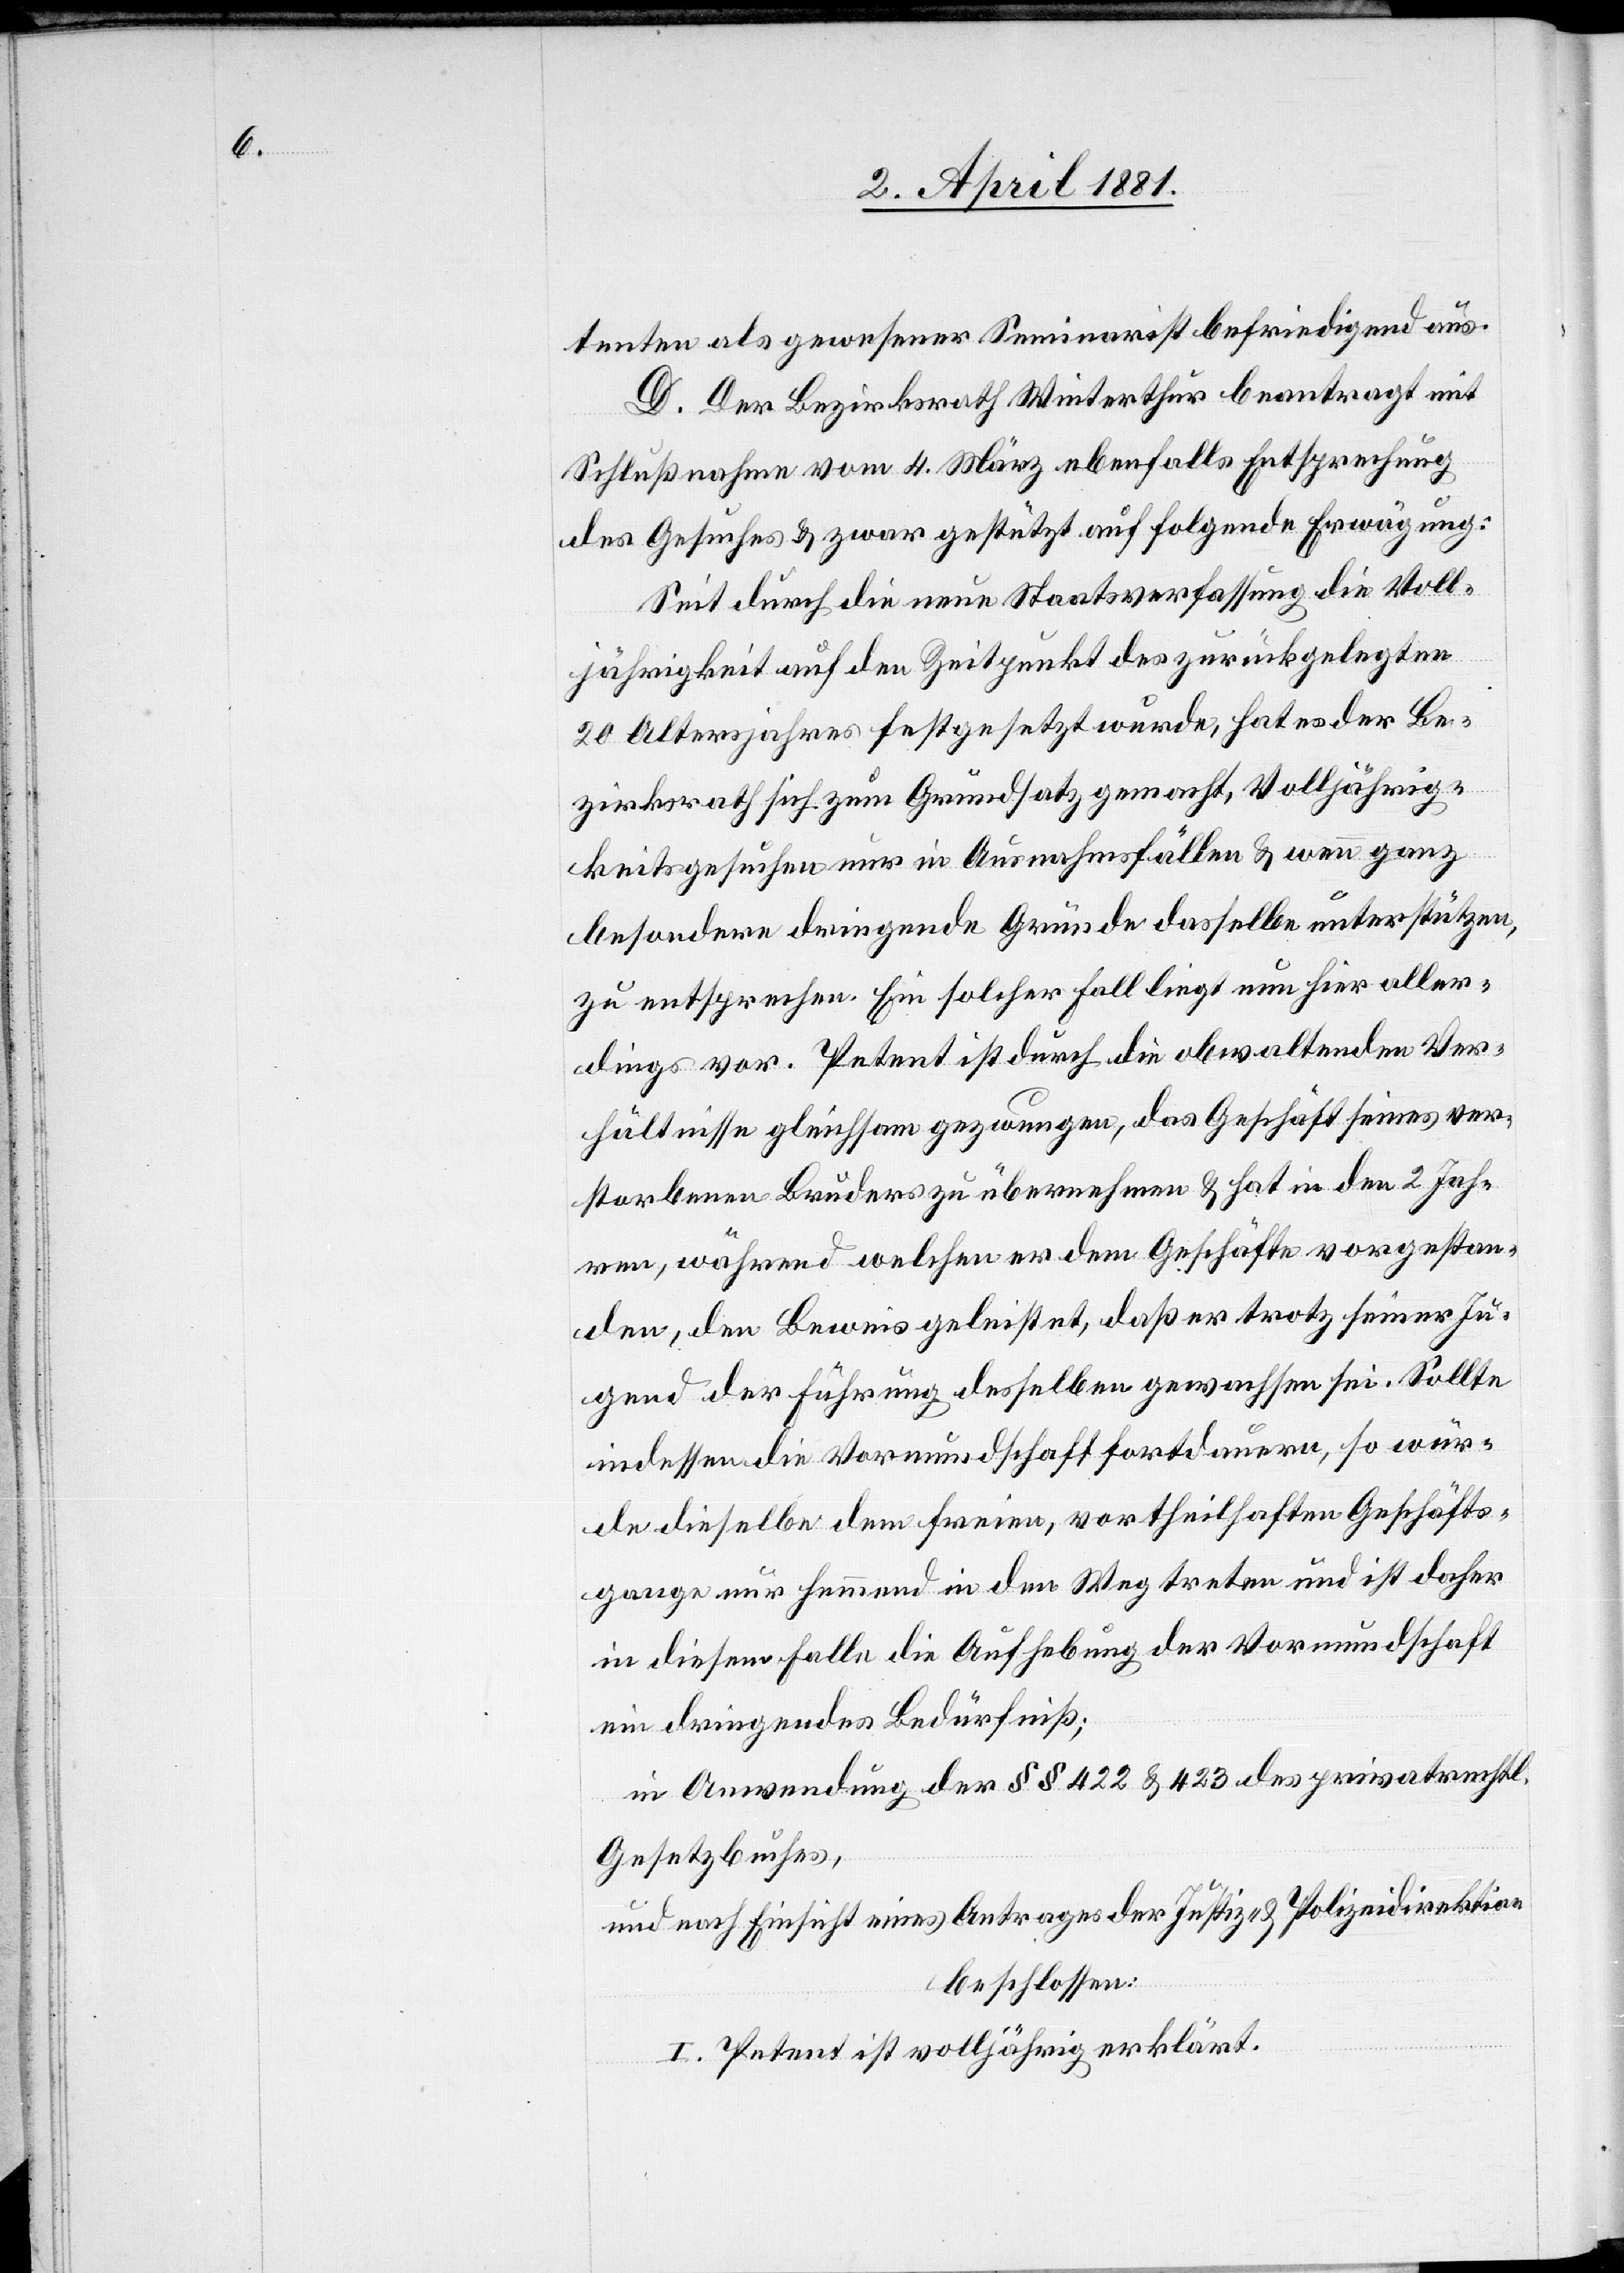
tenten als gewesener Seminarist befriedigend aus.
D. Der Bezirksrath Winterthur beantragt mit
Schlußnahme vom 4. März ebenfalls Entsprechung
des Gesuches & zwar gestützt auf folgende Erwägung:
Seit durch die neue Staatsverfassung die Voll¬
jährigkeit auf den Zeitpunkt des zurückgelegten
20 Altersjahres festgesetzt wurde, hat es der Be¬
zirksrath sich zum Grundsatz gemacht, Volljährig¬
keitsgesuchen nur in Ausnahmsfällen & wenn ganz
besondere dringende Gründe dasselbe unterstützen,
zu entsprechen. Ein solcher Fall liegt nun hier aller¬
dings vor. Petent ist durch die obwaltenden Ver¬
hältnisse gleichsam gezwungen, das Geschäft seines ver¬
storbenen Bruders zu übernehmen & hat in den 2 Jah¬
ren, während welchen er dem Geschäfte vorgestan¬
den, den Beweis geleistet, daß er trotz seiner Ju¬
gend der Führung desselben gewachsen sei. Sollte
indessen die Vormundschaft fortdauern, so wür¬
de dieselbe dem freien, vortheilhaften Geschäfts¬
gange nur hemmend in den Weg treten und ist daher
in diesem Falle die Aufhebung der Vormundschaft
ein dringendes Bedürfniß;
in Anwendung der §§ 422 & 423 des privatrechtl.
Gesetzbuches,
und nach Einsicht eines Antrages der Justiz- & Polizeidirektion
beschlossen:
I. Petent ist volljährig erklärt.